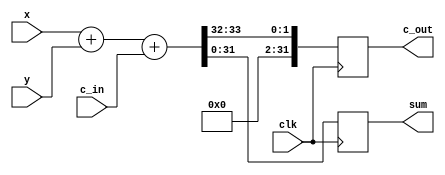
module ADD_32 //(x,y,cin,sum);
  ( input clk,
    input [31:0] x,
    input [31:0] y,
    input [31:0] c_in, 
    output reg [31:0] c_out,
    output reg [31:0] sum);
  //always @ (x or y or c_in) begin
    //assign {c_out, sum} = x + y + c_in;
  
  always @(posedge clk) begin
       {c_out, sum} = x + y + c_in;
    //sum <= x + y;
  end
  
endmodule



module MUL_32( input clk,
               input [31:0] x, y,
              output reg [31:0] cout, z );
  //assign {cout, z} = x * y;
  always @(posedge clk) begin
        
        {cout, z} = x * y;
  
  end
endmodule


module FMA_32(input clk, 
              input [31:0] x,y,z,
              output [31:0] out );
  wire [31:0] p_co,prod;
  wire [31:0] s_co, s_cin;
  assign s_cin = 0;
  
  MUL_32 m(clk,x,y,p_co,prod);
  ADD_32  s(clk,prod,z,s_cin,s_co,out);
  
endmodule


//say you want to evaluate ---should be working
module Horn_32(input  clk,
               input [31:0] c0,c1,c2,c3,c4,c5,c6,
               input [31:0] x,
               //input [31:0] z0,
               output wire [31:0] out);
 // 2X^6 + 3X^5 + 2X^4 +7X^3 + 8X^2 + 2X + 4 = out
  //reg [31:0] coeff;
  wire [31:0] z0,z1,z2,z3,z4;
  
  //z0 = (2*x) + 3 (c5)
  //z1 = (z0*x) + 2 (c4)
  //z2 = (z1*x) + 7 (c3)
  //z3 = (z2*x) + 8 (c2)
  //z4 = (z3*x) + 2 (c1)
  //out = (z4*x) + 4 (c0)
  
  FMA_32 ud(clk,c6,x,c5,z0);
  FMA_32 u1(clk,z0,x,c4,z1);
  FMA_32 u2(clk,z1,x,c3,z2);
  FMA_32 u3(clk,z2,x,c2,z3);
  FMA_32 u4(clk,z3,x,c1,z4);
  FMA_32 u5(clk,z4,x,c0,out);
  
  
  
  
endmodule